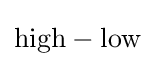
{\text{high}}-{\text{low}}